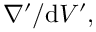
\nabla ^ { \prime } / \mathrm { d } V ^ { \prime } ,